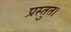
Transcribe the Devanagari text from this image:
प्रस्तुत।